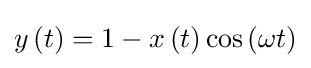
y\left(t\right)=1-x\left(t\right)\cos \left(\omega t\right)